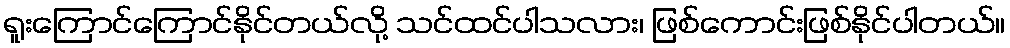
ရူးကြောင်ကြောင်နိုင်တယ်လို့ သင်ထင်ပါသလား၊ ဖြစ်ကောင်းဖြစ်နိုင်ပါတယ်။